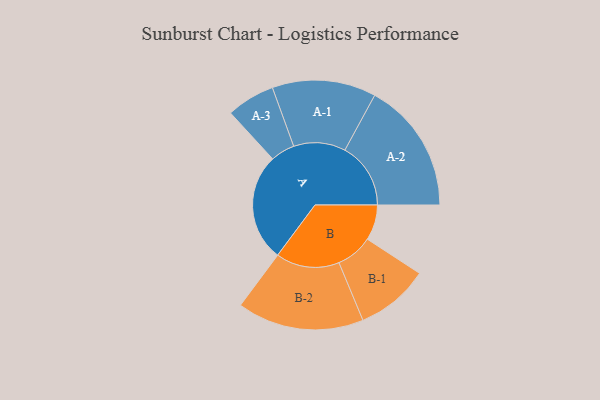
{"axis": {"x": "Segment", "y": "Value"}, "legend": ["", "A", "B"], "data": [{"x": "A", "y": 459, "type": ""}, {"x": "B", "y": 151, "type": ""}, {"x": "A-1", "y": 221, "type": "A"}, {"x": "A-2", "y": 280, "type": "A"}, {"x": "A-3", "y": 103, "type": "A"}, {"x": "B-1", "y": 156, "type": "B"}, {"x": "B-2", "y": 270, "type": "B"}]}